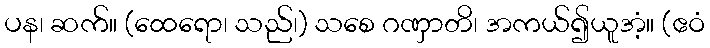
ပန၊ ဆက်။ (ထေရော၊ သည်၊) သစေ ဂဏှာတိ၊ အကယ်၍ယူအံ့။ (ဧဝံ